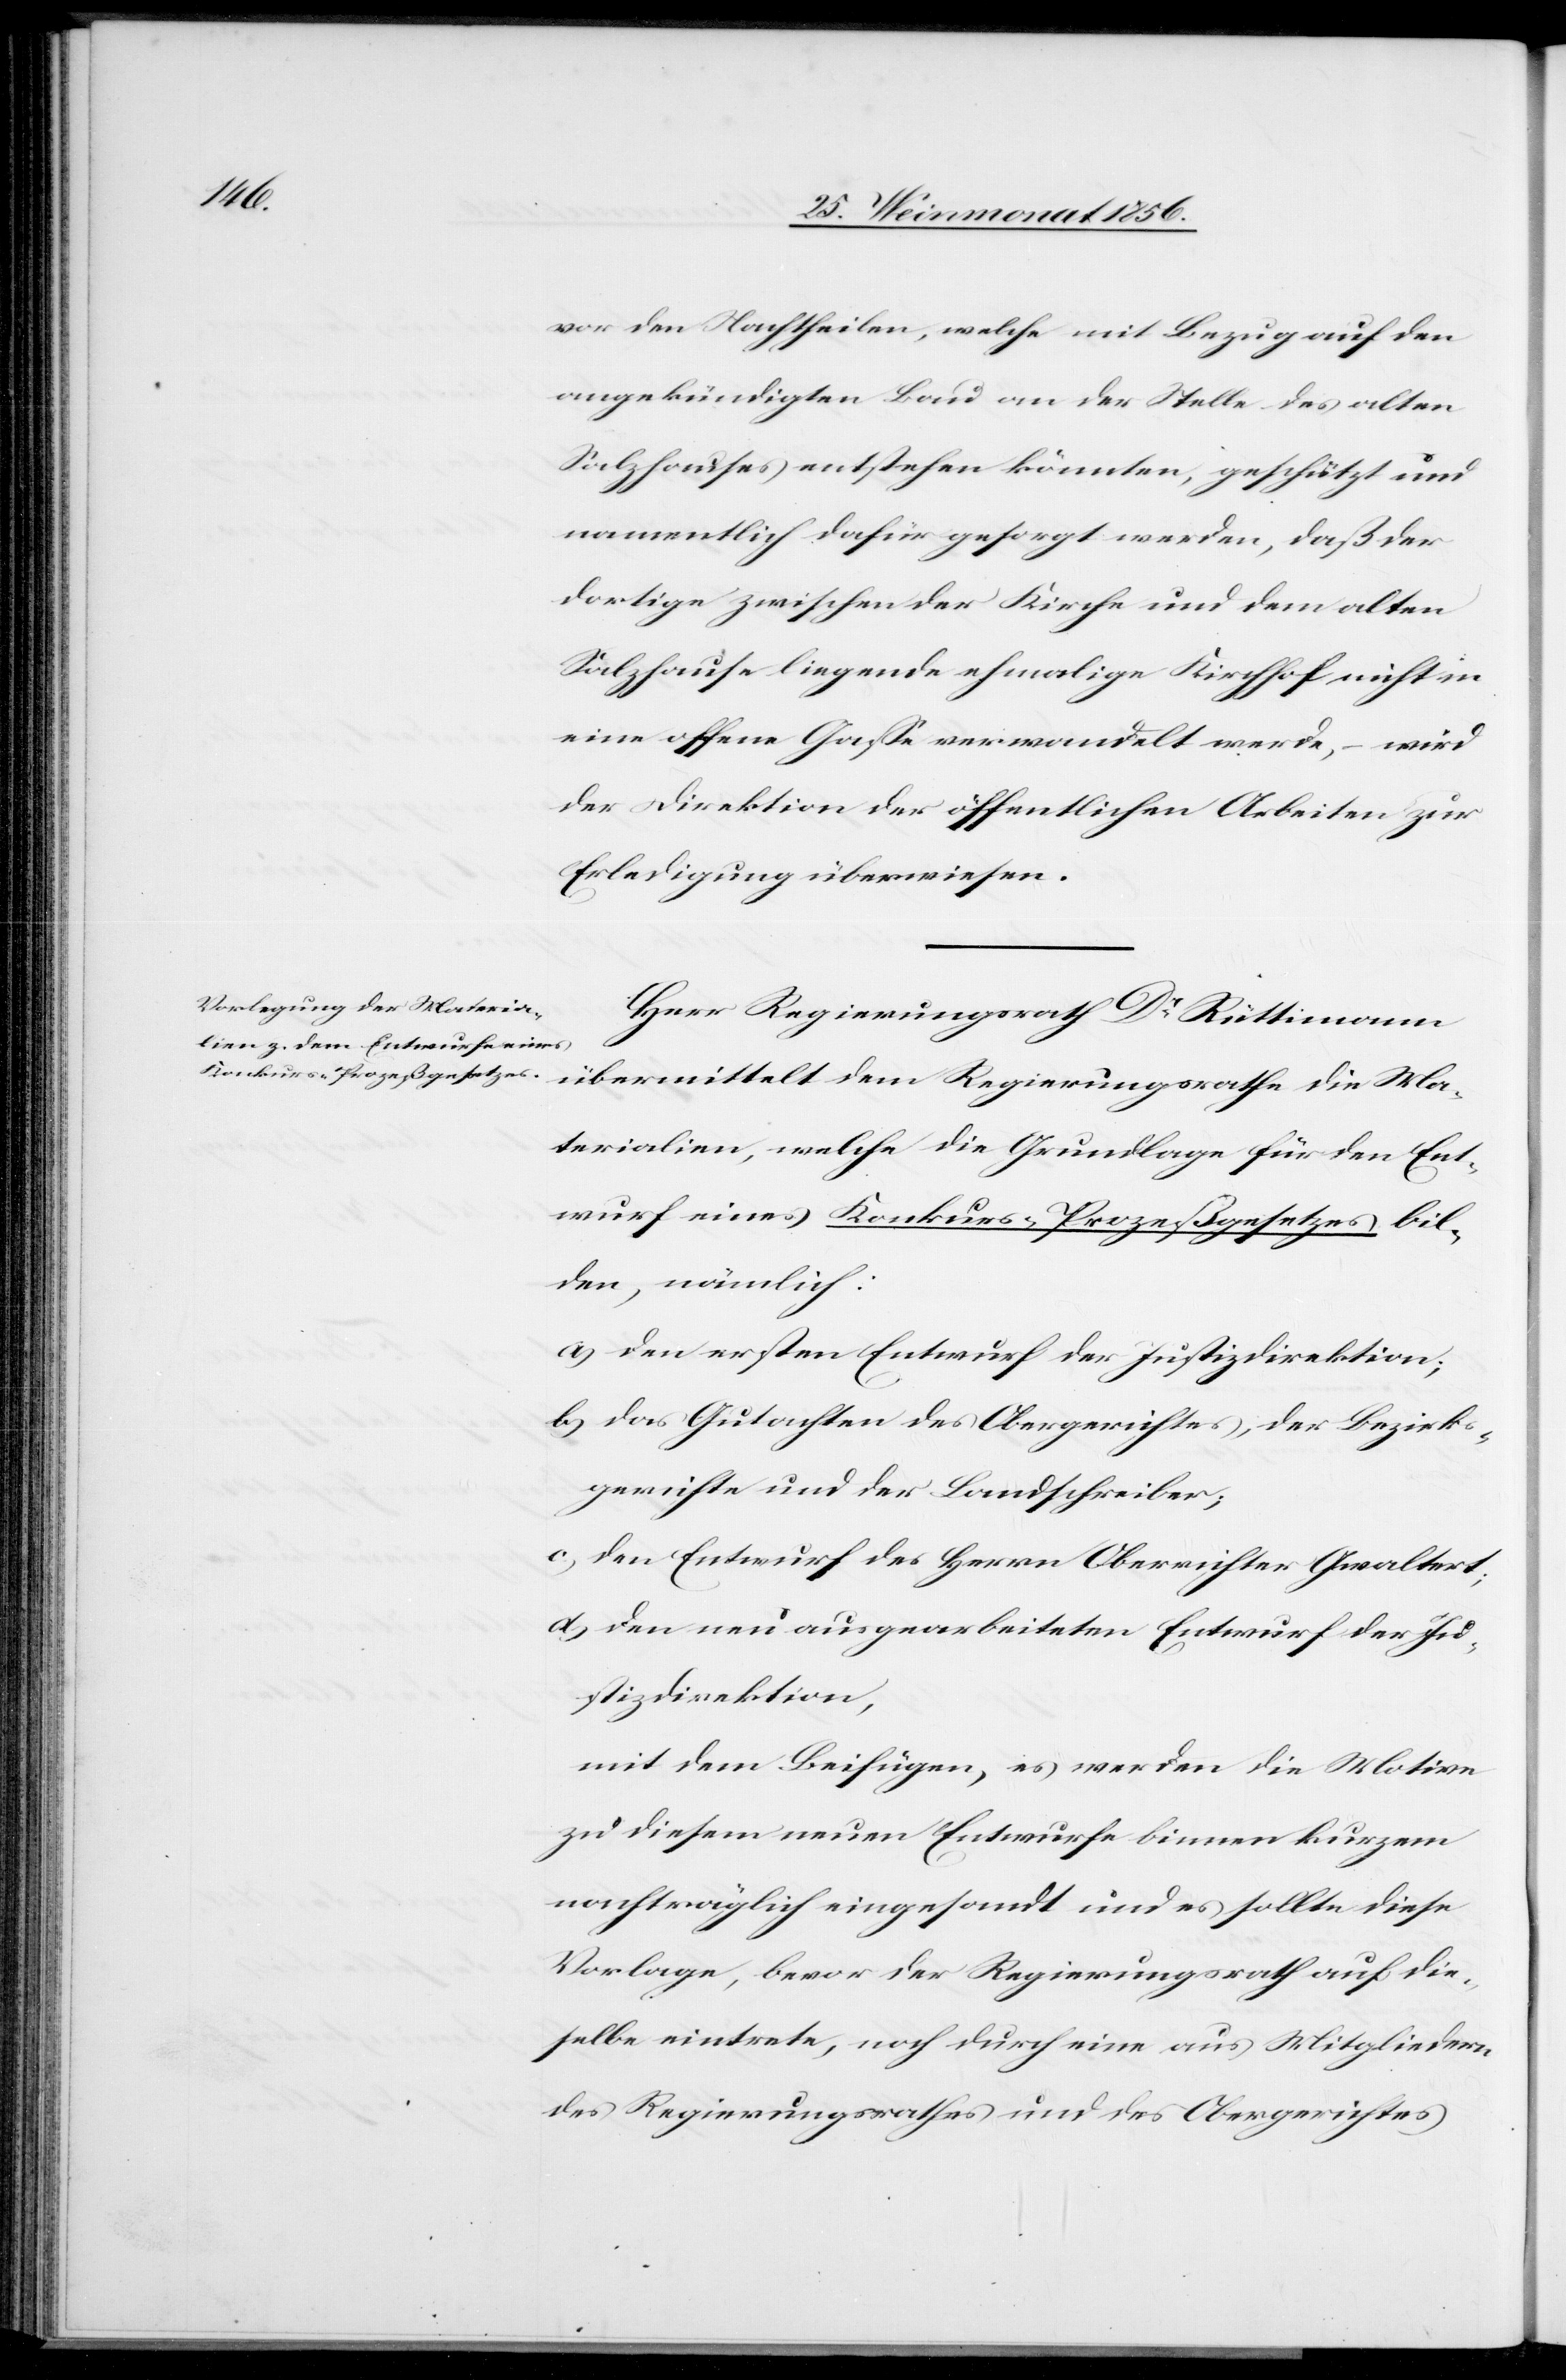
Ma¬

vor den Nachtheilen, welche mit Bezug auf den
angekündigten Bau an der Stelle des alten
Salzhauses entstehen könnten, geschützt und
namentlich dafür gesorgt werden, daß der
dortige zwischen der Kirche und dem alten
Salzhause liegende ehmalige Kirchhof nicht in
eine offene Gasse verwandelt werde, – wird
der Direktion der öffentlichen Arbeiten zur
Erledigung überwiesen.
Herr Regierungsrath Dr Rüttimann
terialien, welche die Grundlage für den Ent¬
wurf eines Konkurs-Prozeßgesetzes bil¬
den, nämlich:
a) den ersten Entwurf der Justizdirektion;
b) das Gutachten des Obergerichtes, der Bezirks¬
gerichte und der Landschreiber;
c) den Entwurf des Herrn Oberrichter Gwaltert;
d) den neu ausgearbeiteten Entwurf der Ju¬
stizdirektion,
mit dem Beifügen, es werden die Motive
zu diesem neuen Entwurfe binnen kurzem
nachträglich eingesandt und es sollte diese
Vorlage, bevor der Regierungsrath auf die¬
selbe eintrete, noch durch eine aus Mitgliedern
des Regierungsrathes und des Obergerichtes